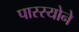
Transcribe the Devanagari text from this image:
पास्स्योने